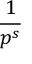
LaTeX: \frac { 1 } { p ^ { s } }